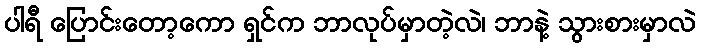
ပါရီ ပြောင်းတော့ကော ရှင်က ဘာလုပ်မှာတဲ့လဲ၊ ဘာနဲ့ သွားစားမှာလဲ